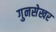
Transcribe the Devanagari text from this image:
गुनसेखर